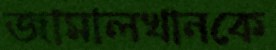
জামালখানকে